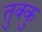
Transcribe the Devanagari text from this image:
तुक्कु